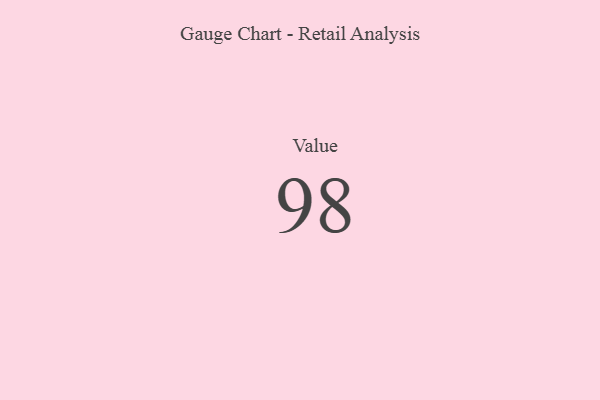
{"axis": {"x": "Metric", "y": "Value"}, "legend": [""], "data": [{"x": "Value", "y": 98, "type": ""}]}